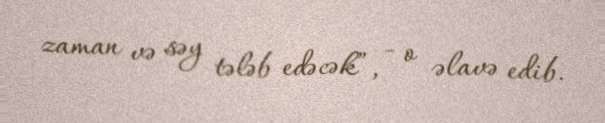
zaman və səy tələb edəcək”, - o əlavə edib.